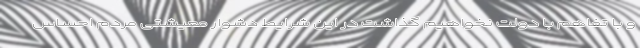
و با تفاهم با دولت نخواهیم گذاشت در این شرایط دشوار معیشتی مردم احساس